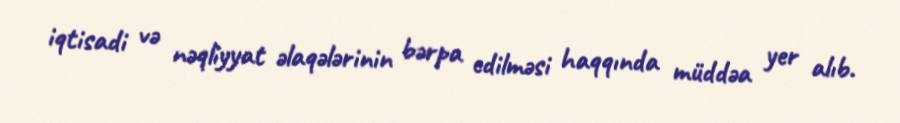
iqtisadi və nəqliyyat əlaqələrinin bərpa edilməsi haqqında müddəa yer alıb.